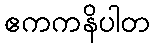
ဧကကနိပါတ